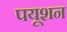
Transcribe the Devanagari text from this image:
पयूशन